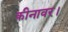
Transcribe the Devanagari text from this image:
कीनावर।